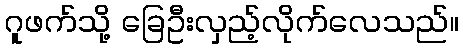
ဂူဖက်သို့ ခြေဦးလှည့်လိုက်လေသည်။